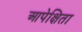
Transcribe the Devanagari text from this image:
आपेक्षिता